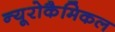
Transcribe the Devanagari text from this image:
न्यूरोकैमिकल